Report of an investigation into the causes of malaria in Bombay and the measures necessary for its control
Disease focus: Malaria
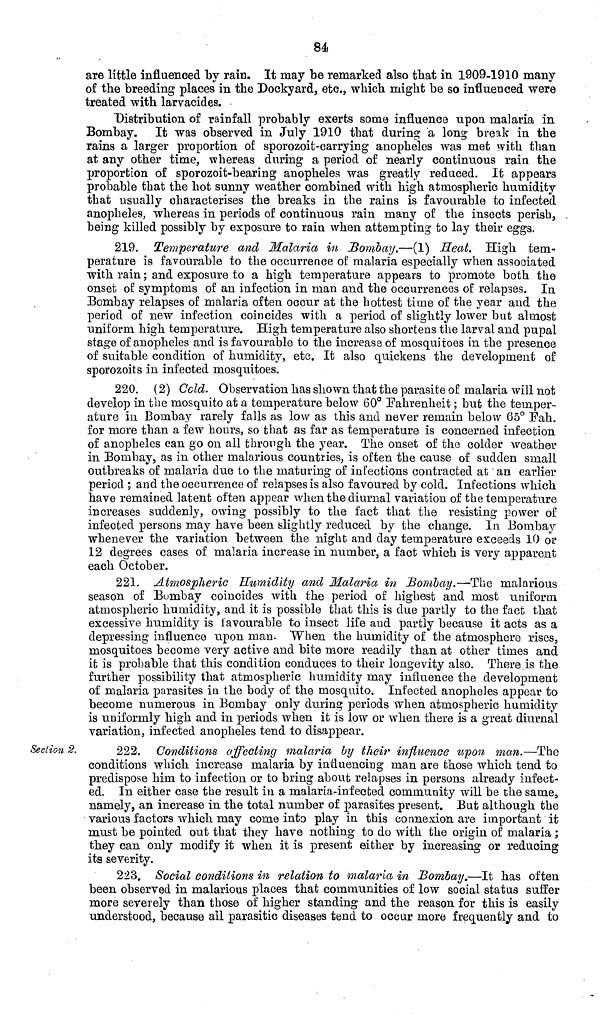
84
are little influenced by rain. It may be remarked also that in 1909-1910 many
of the breeding places in the Dockyard, etc., which might be so influenced were
treated with larvacides.
Distribution of rainfall probably exerts some influence upon malaria in
Bombay. It was observed in July 1910 that during a long break in the
rains a larger proportion of sporozoit-carrying anopheles was met with than
at any other time, whereas during a period of nearly continuous rain the
proportion of sporozoit-bearing anopheles was greatly reduced. It appears
probable that the hot sunny weather combined with high atmospheric humidity
that usually characterises the breaks in the rains is favourable to infected
anopheles, whereas in periods of continuous rain many of the insects perish,
being killed possibly by exposure to rain when attempting to lay their eggs.
219. Temperature and Malaria in Bombay,—(1) Heat. High tem-
perature is favourable to the occurrence of malaria especially when associated
with rain ; and exposure to a high temperature appears to promote both the
onset of symptoms of an infection in man and the occurrences of relapses. In
Bombay relapses of malaria often occur at the hottest time of the year and the
period of new infection coincides with a period of slightly lower but almost
uniform high temperature. High temperature also shortens the larval and pupal
stage of anopheles and is favourable to the increase of mosquitoes in the presence
of suitable condition of humidity, etc. It also quickens the development of
sporozoits in infected mosquitoes.
220. ( 2) Cold. Observation has shown that the parasite of malaria will not
develop in the mosquito at a temperature below 60° Fahrenheit ; but the temper-
ature in Bombay rarely falls as low as this and never remain below 65° Fah.
for more than a few hours, so that as far as temperature is concerned infection
of anopheles can go on all through the year. The onset of the colder weather
in Bombay, as in other malarious countries, is often the cause of sudden small
outbreaks of malaria due to the maturing of infections contracted at an earlier
period ; and the occurrence of relapses is also favoured by cold. Infections which
have remained latent often appear when the diurnal variation of the temperature
increases suddenly, owing possibly to the fact that the resisting power of
infected persons may have been slightly reduced by the change. In Bombay
whenever the variation between the night and clay temperature exceeds 10 or
12 degrees cases of malaria increase in number, a fact which is very apparent
each October.
221. Atmospheric Humidity and Malaria in Bombay.—The malarious
season of Bombay coincides with the period of highest and most uniform
atmospheric humidity, and it is possible that this is due partly to the fact that
excessive humidity is favourable to insect life and partly because it acts as a
depressing influence upon man. When the humidity of the atmosphere rises,
mosquitoes become very active and bite more readily than at other times and
it is probable that this condition conduces to their longevity also. There is the
further possibility that atmospheric humidity may influence the development
of malaria parasites in the body of the mosquito. Infected anopheles appear to
become numerous in Bombay only during periods when atmospheric humidity
is uniformly high and in periods when it is low or when there is a great diurnal
variation, infected anopheles tend to disappear.
Section 2.
222. Conditions affecting malaria by their influence upon man.—The
conditions which increase malaria by influencing man are those which tend to
predispose him to infection or to bring about relapses in persons already infect-
ed. In either case the result in a malaria-infected community will be the same,
namely, an increase in the total number of parasites present. But although the
various factors which may come into play in this connexion are important it
must be pointed out that they have nothing to do with the origin of malaria ;
they can only modify it when it is present either by increasing or reducing
its severity.
223. Social conditions in relation to malaria in Bombay.—It has often
been observed in malarious places that communities of low social status suffer
more severely than those of higher standing and the reason for this is easily
understood, because all parasitic diseases tend to occur more frequently and to